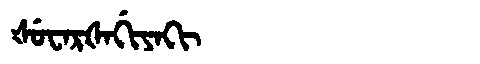
Manchu: ᡧᡠᠸᠠᡵᡧᠠᡤᡳᠶᠠᡴᡳ
Romanization: ŠUWARŠAGIYAKI